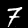
Digit: 7